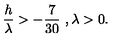
{ \frac { h } { \lambda } } > - { \frac { 7 } { 3 0 } } \ , \lambda > 0 .